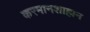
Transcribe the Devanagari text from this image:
करमानशाहान